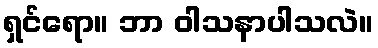
ရှင်ရော။ ဘာ ဝါသနာပါသလဲ။